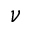
\nu